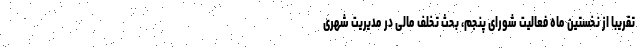
تقریبا از نخستین ماه فعالیت شورای پنجم، بحث تخلف مالی در مدیریت شهری